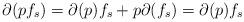
LaTeX: \begin{align*}\partial (pf_s)=\partial(p) f_s+ p \partial (f_s)=\partial(p) f_s\end{align*}